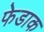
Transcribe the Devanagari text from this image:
फेडाक